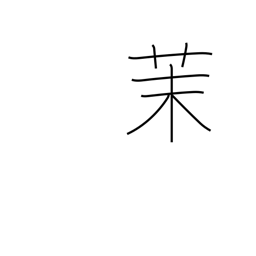
Meaning: jasmine